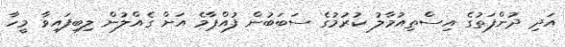
އަދި ދުންފަތުގެ އިސްތިއުމާލު ކުރުމުގެ ސަބަބުން ފުއްޕާމެ އަށް ގެއްލުން ލިބިފައިވާ މީހާ